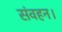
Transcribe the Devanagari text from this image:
संवहन।